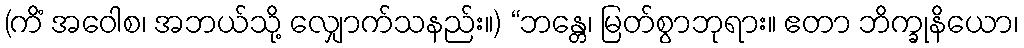
(ကိံ အဝေါစ၊ အဘယ်သို့ လျှောက်သနည်း။) “ဘန္တေ၊ မြတ်စွာဘုရား။ ဧတာ ဘိက္ခုနိယော၊